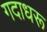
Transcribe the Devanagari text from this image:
गदाधरू